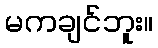
မကချင်ဘူး။